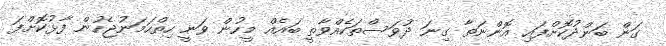
ގަން ބަންދުކޮށްފައި އޮންނަތާ ގިނަ ދުވަސްތަކެއްވާތީ ބައެއް މީހުން ވަނީ ހިތްހަމަނުޖެހުން ފާޅުކޮށްފަ